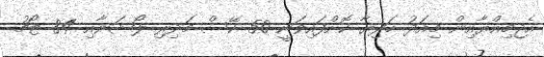
އެޖމިއްޔާއިން މިއަދު ހަދިޔާ ކޮށްފައިވަނީ 50 ކޭސް މަދިރި ލޯޝަނާއި 84 ޓޯޗު